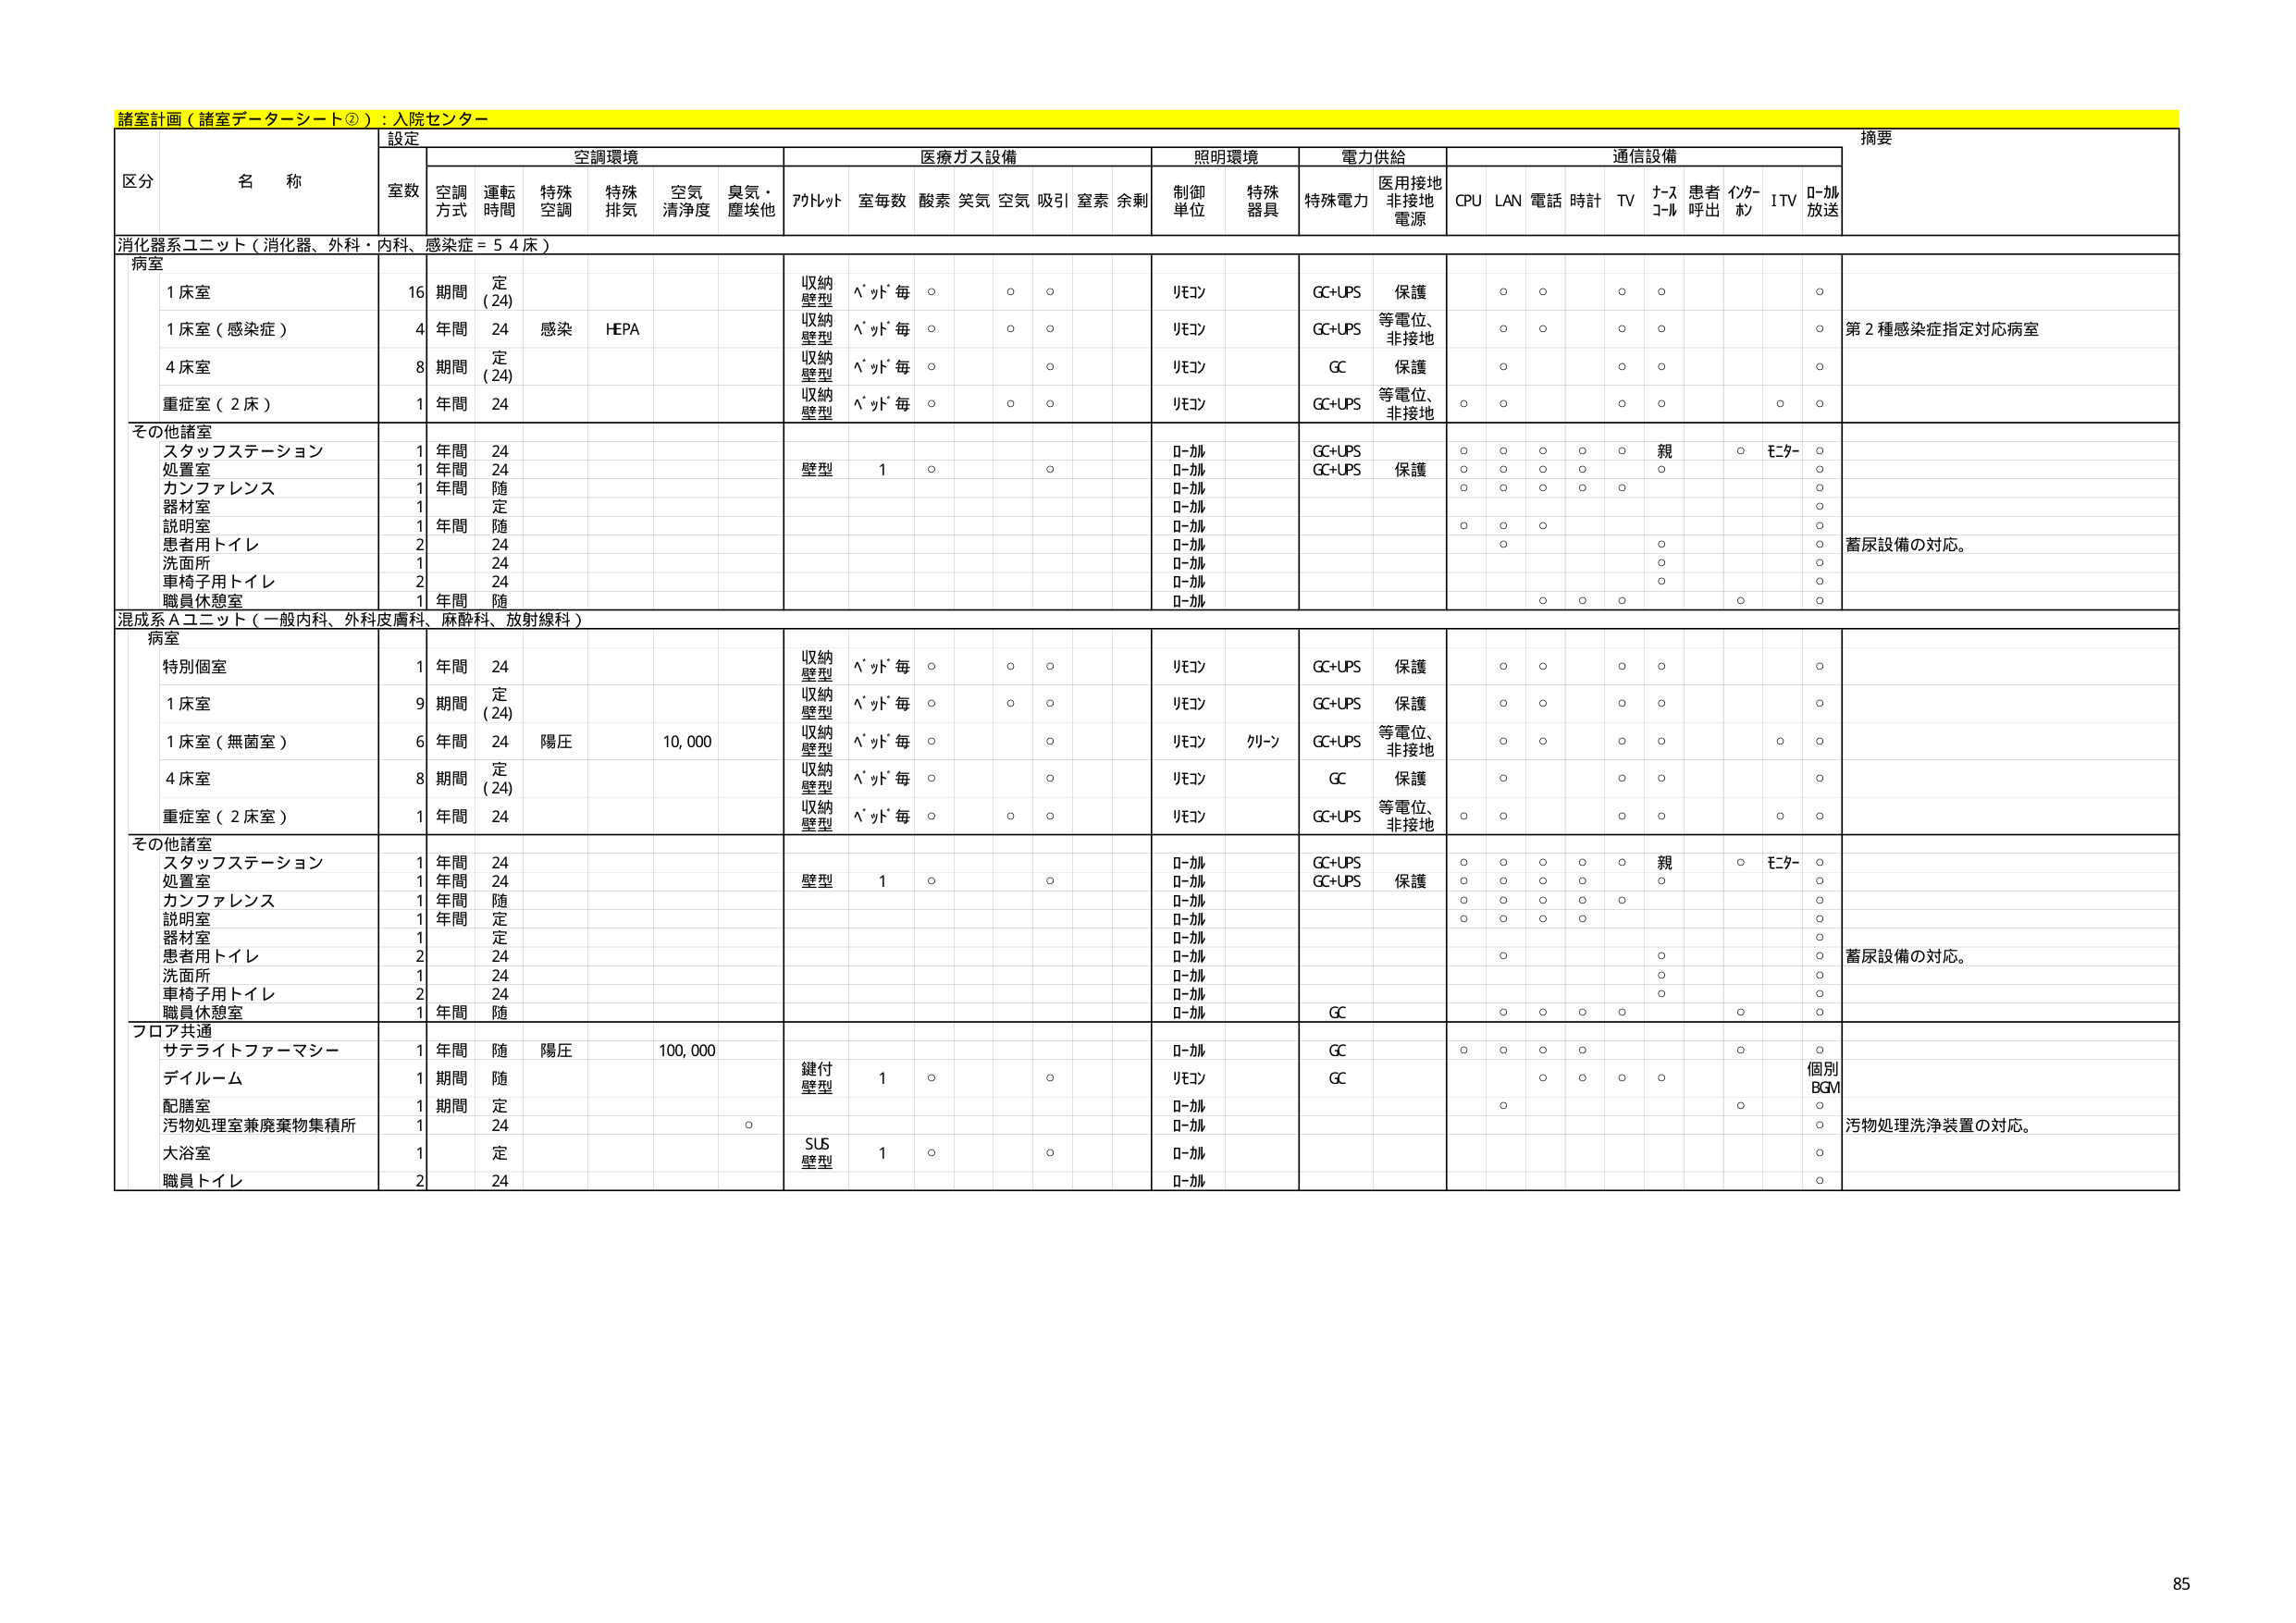
諸室計画（諸室データーシート②）：入院センター

設定
摘要

区分 名称
室数 空調方式 運転時間 特殊空調 特殊排気 空気清浄度 臭気・塵埃他 アルトット 室毎数 酸素 笑気 空気 吸引 窒素 余剰 制御単位 特殊器具 特殊電力 医用接地非接地電源 CPU LAN 電話 時計 TV チームコール 患者呼出 インターホン ITV ローカル放送

消化器系ユニット（消化器、外科・内科、感染症＝54床）
病室
1床室 16 期間 定（24） 収納壁型 パッド毎 ○ ○ ○ リモコン GC+UPS 保護 ○ ○ ○ ○ ○
1床室（感染症） 4 年間 24 感染 HEPA 収納壁型 パッド毎 ○ ○ ○ リモコン GC+UPS 等電位、非接地 ○ ○ ○ ○ ○ 第2種感染症指定対応病室
4床室 8 期間 定（24） 収納壁型 パッド毎 ○ ○ リモコン GC 保護 ○ ○ ○ ○
重症室（2床） 1 年間 24 収納壁型 パッド毎 ○ ○ ○ リモコン GC+UPS 等電位、非接地 ○ ○ ○ ○ ○ ○

その他諸室
スタッフステーション 1 年間 24 ローカル GC+UPS ○ ○ ○ ○ ○ 親 ○ モニター ○
処置室 1 年間 24 壁型 1 ○ ○ ローカル GC+UPS 保護 ○ ○ ○ ○ ○ ○
カンファレンス 1 年間 随 ローカル ○ ○ ○ ○ ○
器材室 1 定 ローカル ○
説明室 1 年間 随 ローカル ○ ○ ○
患者用トイレ 2 24 ローカル ○ ○
洗面所 1 24 ローカル ○ ○
車椅子用トイレ 2 24 ローカル ○ ○
職員休憩室 1 年間 随 ローカル ○ ○ ○ ○ ○ ○ 蓄尿設備の対応。

混成系Aユニット（一般内科、外科皮膚科、麻酔科、放射線科）
病室
特別個室 1 年間 24 収納壁型 パッド毎 ○ ○ ○ リモコン GC+UPS 保護 ○ ○ ○ ○ ○
1床室 9 期間 定（24） 収納壁型 パッド毎 ○ ○ ○ リモコン GC+UPS 保護 ○ ○ ○ ○ ○
1床室（無菌室） 6 年間 24 陽圧 10,000 収納壁型 パッド毎 ○ ○ リモコン クリーン GC+UPS 等電位、非接地 ○ ○ ○ ○ ○ ○
4床室 8 期間 定（24） 収納壁型 パッド毎 ○ ○ リモコン GC 保護 ○ ○ ○ ○
重症室（2床室） 1 年間 24 収納壁型 パッド毎 ○ ○ ○ リモコン GC+UPS 等電位、非接地 ○ ○ ○ ○ ○ ○

その他諸室
スタッフステーション 1 年間 24 ローカル GC+UPS ○ ○ ○ ○ ○ 親 ○ モニター ○
処置室 1 年間 24 壁型 1 ○ ○ ローカル GC+UPS 保護 ○ ○ ○ ○ ○ ○
カンファレンス 1 年間 随 ローカル ○ ○ ○ ○ ○
説明室 1 年間 定 ローカル ○ ○ ○
器材室 1 定 ローカル ○
患者用トイレ 2 24 ローカル ○ ○
洗面所 1 24 ローカル ○ ○
車椅子用トイレ 2 24 ローカル ○ ○
職員休憩室 1 年間 随 ローカル GC ○ ○ ○ ○ ○ ○ 蓄尿設備の対応。

フロア共通
サテライトファーマシー 1 年間 随 陽圧 100,000 鍵付壁型 1 ○ ○ ローカル GC ○ ○ ○ ○ ○ ○
ディルーム 1 期間 随 リモコン GC ○ ○ ○ ○ ○ 個別BGM
配膳室 1 期間 定 ローカル ○
汚物処理室兼廃棄物集積所 1 24 ○ ローカル ○ 汚物処理洗浄装置の対応。
大浴室 1 定 SUS壁型 1 ○ ○ ローカル ○
職員トイレ 2 24 ローカル ○

85